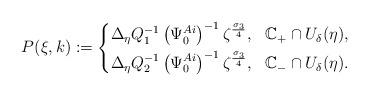
LaTeX: \begin{align*} P(\xi,k):=\left\{ \begin{aligned} &\Delta_{\eta} Q_1^{-1} \left(\Psi^{Ai}_0\right)^{-1}\zeta^\frac{\sigma_3}{4}, &\mathbb{C}_{+}\cap U_\delta(\eta), \\ &\Delta_{\eta}Q_2^{-1} \left(\Psi^{Ai}_0\right)^{-1}\zeta^\frac{\sigma_3}{4}, &\mathbb{C}_{-}\cap U_\delta(\eta). \end{aligned} \right.\end{align*}